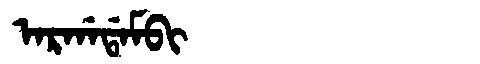
Manchu: ᠠᡵᡤᠠᡩᠠᠮᠪᡳ
Romanization: ARGADAMBI